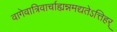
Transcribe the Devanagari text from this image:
वागेवात्रिवार्चाह्यन्नमद्यतेऽत्तिहर्